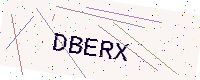
Text: DBERX